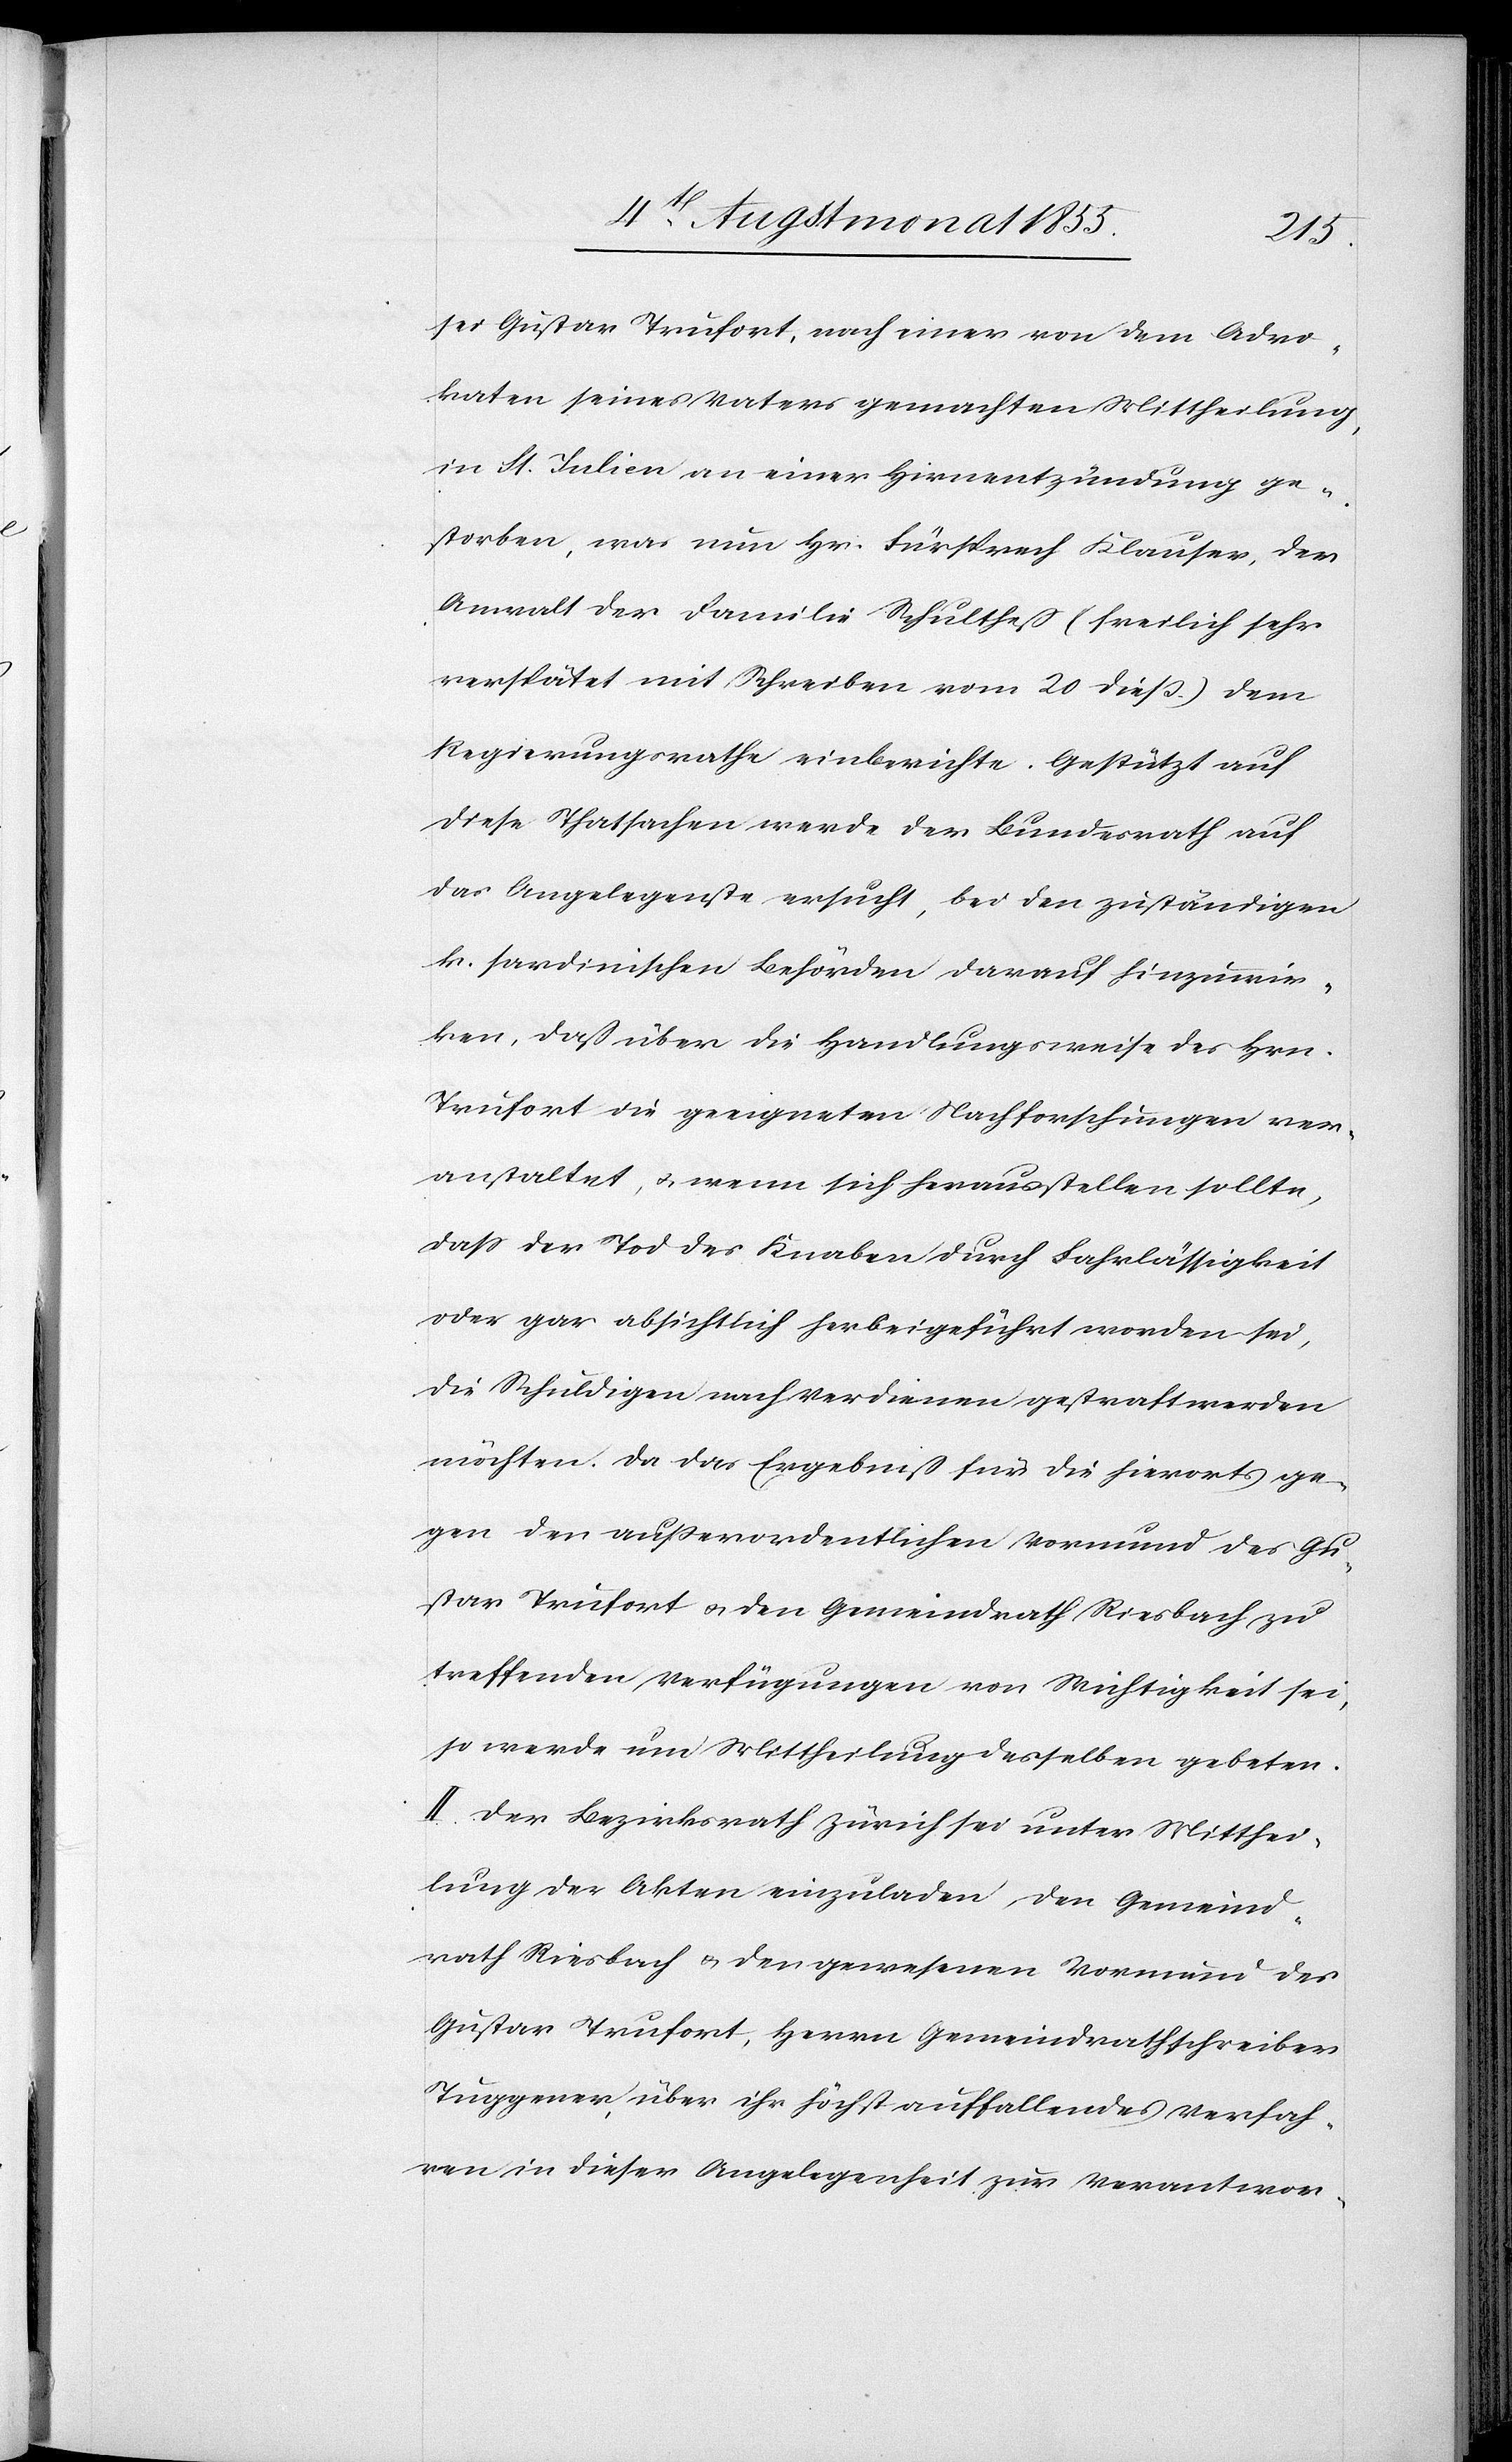
sei Gustav Trufort, nach einer von dem Advo¬
katen seines Vaters gemachten Mittheilung,
in St. Julien an einer Hirnentzündung ge¬
storben, was nun Hr. Fürsprech Klauser, der
Anwalt der Familie Schultheß (freilich sehr
verspätet mit Schreiben vom 20 dieß.) dem
Regierungsrathe einberichte. Gestützt auf
diese Thatsachen werde der Bundesrath auf
das Angelegenste ersucht, bei den zuständigen
k. sardinischen Behörden darauf hinzuwir¬
ken, daß über die Handlungsweise des Hrn.
Trufort die geeigneten Nachforschungen ver¬
anstaltet, & wenn sich herausstellen sollte,
daß der Tod des Knaben durch Fahrlässigkeit
oder gar absichtlich herbeigeführt worden sei,
die Schuldigen nach Verdienen gestraft werden
möchten. Da das Ergebniß für die hierorts ge¬
gen den außerordentlichen Vormund des Gu¬
stav Trufort & den Gemeindrath Riesbach zu
treffenden Verfügungen von Wichtigkeit sei,
so werde um Mittheilung desselben gebeten.
II. Der Bezirksrath Zürich sei unter Mitthei¬
lung der Akten einzuladen, den Gemeind¬
rath Riesbach & den gewesenen Vormund des
Gustav Trufort, Herrn Gemeindrathschreiber
Tuggener, über ihr höchst auffallendes Verfah¬
ren in dieser Angelegenheit zur Verantwor-